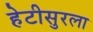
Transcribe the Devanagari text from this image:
हेटीसुरला